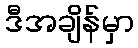
ဒီအချိန်မှာ